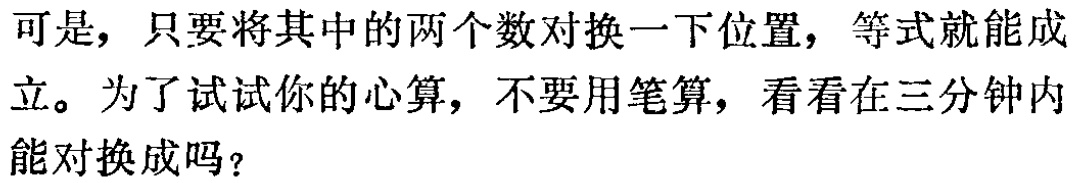
可是，只要将其中的两个数对换一下位置，等式就能成立。为了试试你的心算，不要用笔算，看看在三分钟内能对换成吗？